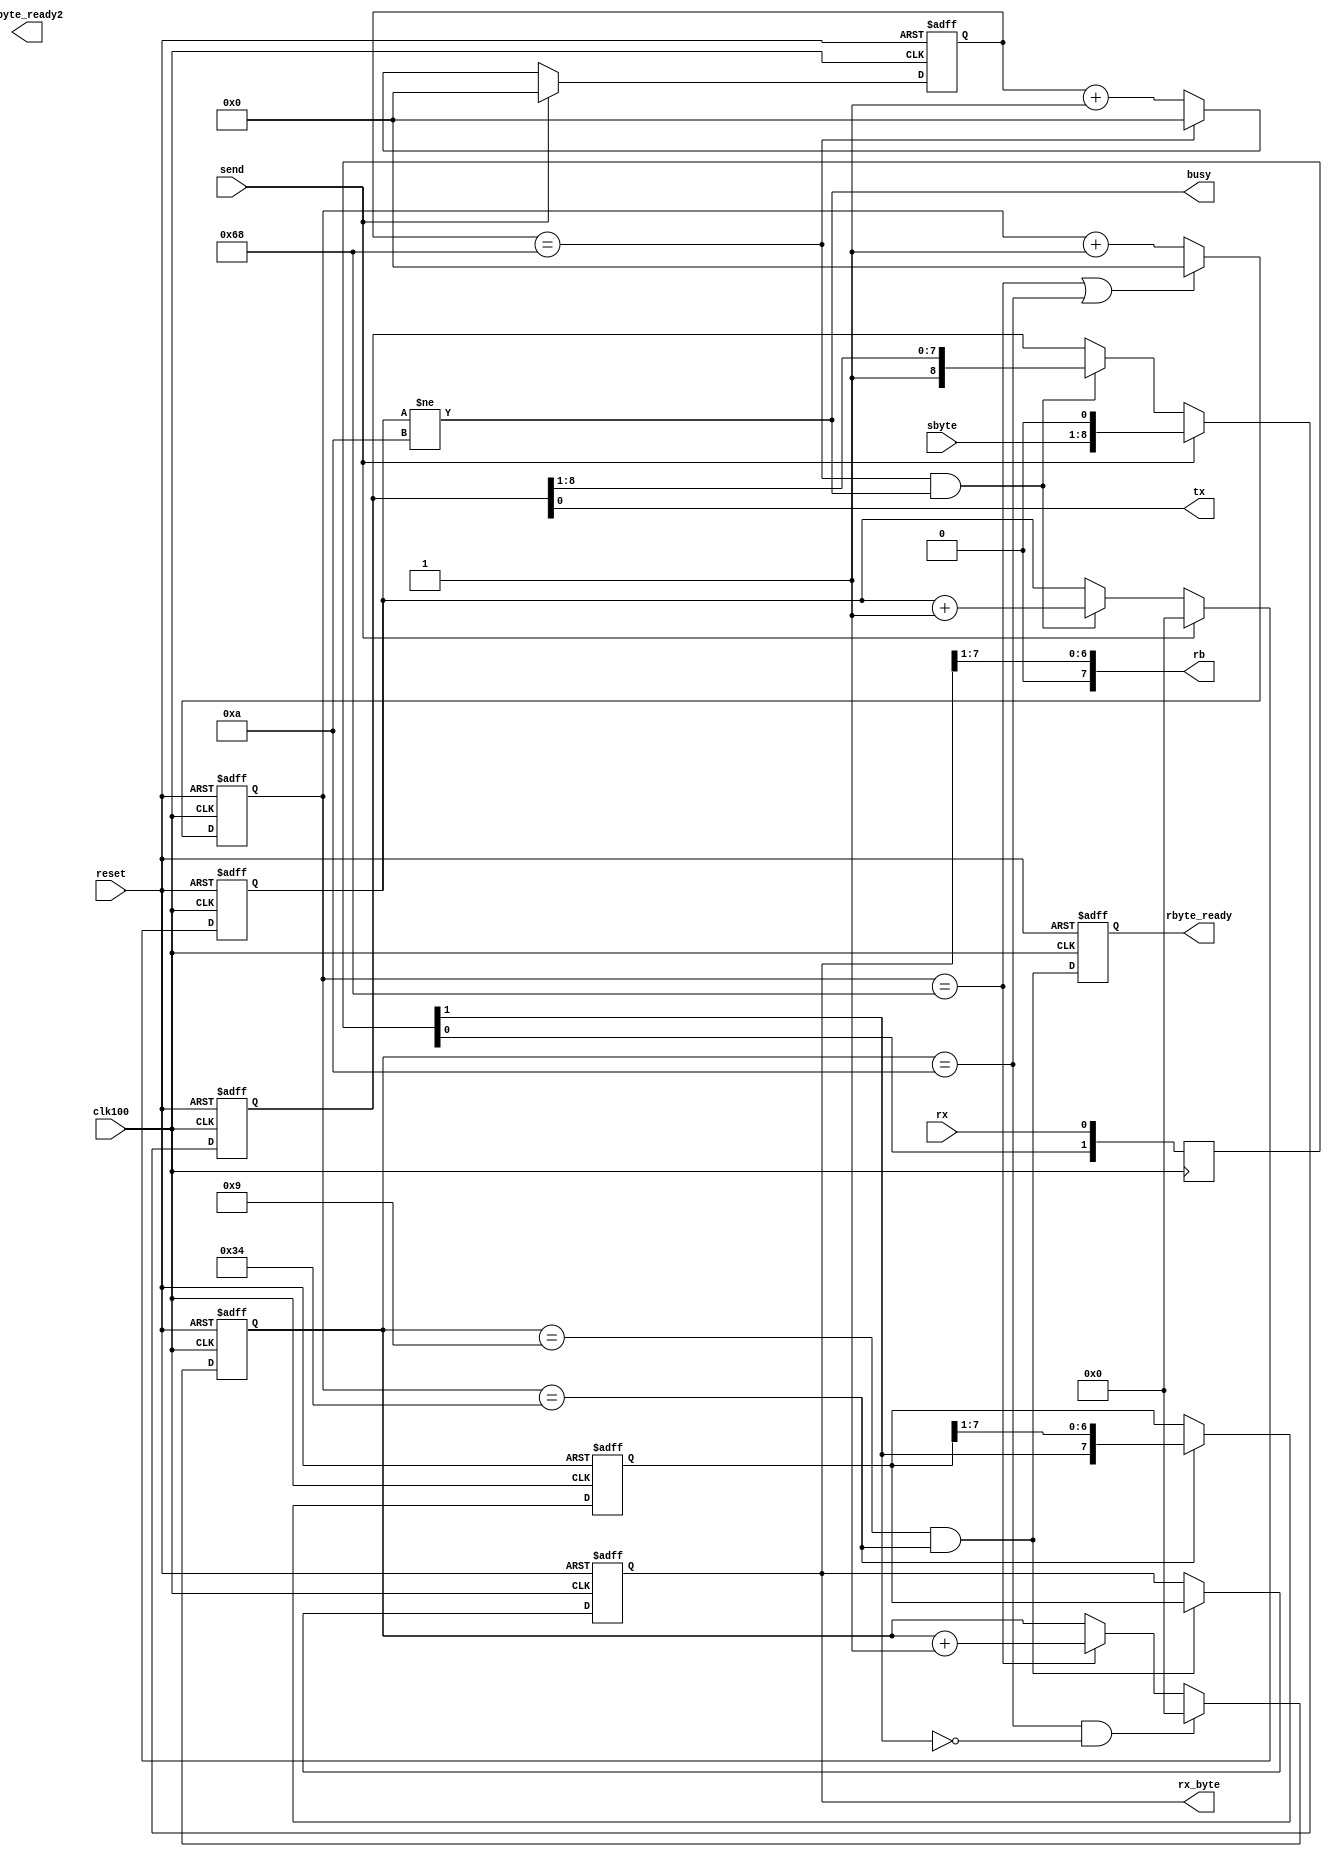
  
module serial(
	input wire reset,
	input wire clk100,	//96MHz
	input wire rx,
	input wire [7:0]sbyte,
	input wire send,
	output reg [7:0]rx_byte,
	output reg rbyte_ready,
	output reg rbyte_ready2, //long variant of rbyte_ready
	output reg tx,
	output reg busy, 
	output wire [7:0]rb
	);

parameter RCONST = 104; // 96000000Hz / 921600bps = 104

assign rb = {1'b0,rx_byte[7:1]};

reg [1:0]shr;
always @(posedge clk100)
	shr <= {shr[0],rx};
wire rxf; assign rxf = shr[1];

reg [15:0]cnt;
reg [3:0]num_bits;

always @(posedge clk100 or posedge reset)
begin
	if(reset)
		cnt <= 0;
	else
	begin
		if(cnt == RCONST || num_bits==10)
			cnt <= 0;
		else
			cnt <= cnt + 1'b1;
	end
end

reg [7:0]shift_reg;

always @(posedge clk100 or posedge reset)
begin
	if(reset)
	begin
		num_bits <= 0;
		shift_reg <= 0;
	end
	else
	begin
		if(num_bits==10 && rxf==1'b0)
			num_bits <= 0;
		else
		if(cnt == RCONST)
			num_bits <= num_bits + 1'b1;
		
		if( cnt == RCONST/2 )
			shift_reg <= {rxf,shift_reg[7:1]};
	end
end

always @(posedge clk100 or posedge reset)
	if(reset)
	begin
		rx_byte <= 0;
	end
	else
	begin	
	if(num_bits==9 && cnt == RCONST/2)
		rx_byte <= shift_reg[7:0];
	end

always @(posedge clk100 or posedge reset)
	if( reset )
		rbyte_ready <= 1'b0;
	else
		rbyte_ready <= (num_bits==9 && cnt == RCONST/2);

reg [8:0]send_reg;
reg [3:0]send_num;
reg [15:0]send_cnt;

wire send_time; assign send_time = send_cnt == RCONST;

always @(posedge clk100 or posedge reset)
begin
	if(reset)
	begin
		send_reg <= 9'h1FF;
		send_num <= 10;
		send_cnt <= 0;
	end
	else
	begin
		if(send)
			send_cnt <= 0;
		else
			if(send_time)
				send_cnt <= 0;
			else
				send_cnt <= send_cnt + 1'b1;
		
		if(send)
		begin
			send_reg <= {sbyte,1'b0};
			send_num <= 0;
		end
		else
		if(send_time && send_num!=10)
		begin
			send_reg <= {1'b1,send_reg[8:1]};
			send_num <= send_num + 1'b1;
		end
	end
end

always @*
begin
	busy = send_num!=10;
	tx = send_reg[0];
end
	
endmodule